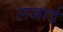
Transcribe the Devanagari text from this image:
लजार्ड